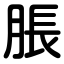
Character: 脹